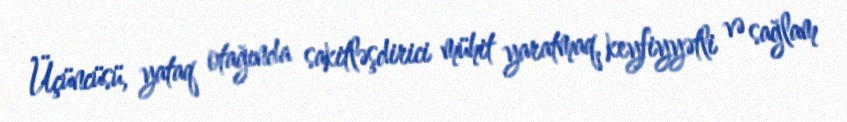
Üçüncüsü, yataq otağında sakitləşdirici mühit yaratmaq, keyfiyyətli və sağlam